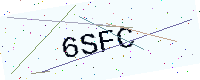
Text: 6SFC